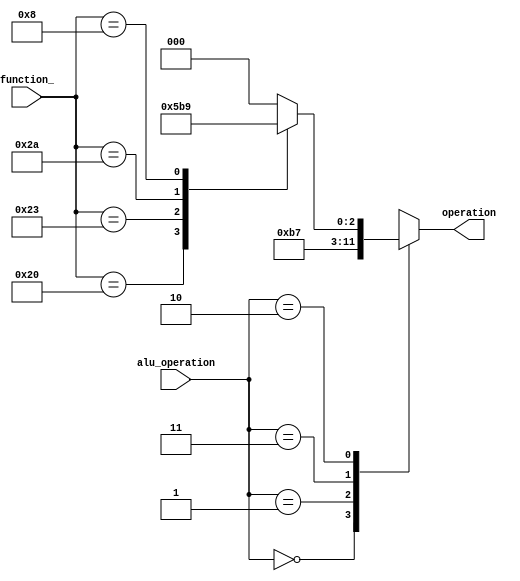
module alu_ctl (alu_operation , function_ , operation);

    input [1:0]alu_operation;
    input [5:0]function_;
    output reg [2:0]operation;

    always @(alu_operation , function_) begin
        operation <= 0;
        case(alu_operation)
            2'b00 : operation <= 3'b010; // LW , SW
            2'b01 : operation <= 3'b110; // BEQ , BNE
            2'b11 : operation <= 3'b111; // SLTI
            2'b10 : begin
                case(function_)
                    6'b100000 : operation <= 3'b010; // ADD
                    6'b100011 : operation <= 3'b110; // SUB
                    6'b101010 : operation <= 3'b111; // SLT
                    6'b001000 : operation <= 3'b001; // JR
                    default   : operation <= 3'b000;
                endcase
            end
        endcase
    end
     
endmodule

module alu (a,b,operation,zero,result);
    
    input [31:0]a;
    input [31:0]b;
    input [2:0]operation;
    output reg zero;
    output reg [31:0]result;

    reg [31:0]check;

    always @(a,b,operation) begin
        zero = 0;
        check = a - b;
        case (operation)
            3'b010 : result = a + b;
            3'b110 : result = check;
            3'b111 : result =  (check[31]) ? 32'd1 : 32'd0;
            default : result <= 32'b00000000000000000000000000000000;
        endcase
        if (result == 32'd0) zero = 1;
    end

endmodule